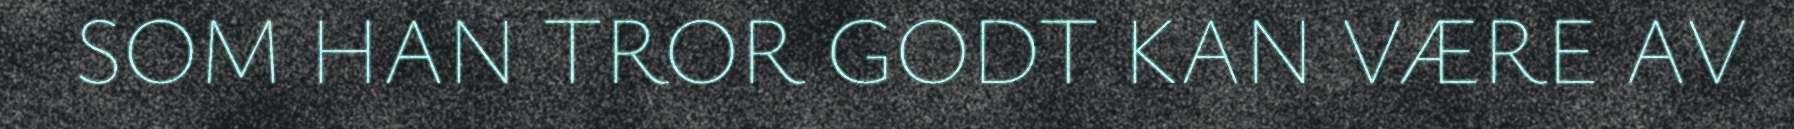
SOM HAN TROR GODT KAN VÆRE AV